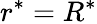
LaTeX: r^{*}=R^{*}